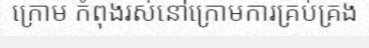
ក្រោម កំពុងរស់នៅក្រោមការគ្រប់គ្រង